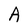
Character: A